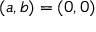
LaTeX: ( a , b ) = ( 0 , 0 )